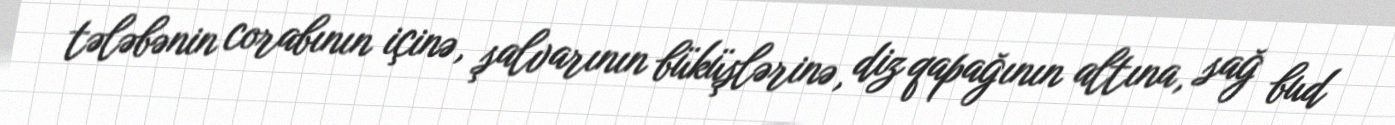
tələbənin corabının içinə, şalvarının büküşlərinə, diz qapağının altına, sağ bud